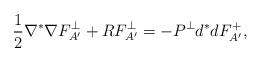
LaTeX: \begin{align*}\frac{1}{2} \nabla^{*} \nabla F_{A'}^{\perp} + R F_{A'}^{\perp} = - P^{\perp} d^* d F_{A'}^{+}, \end{align*}